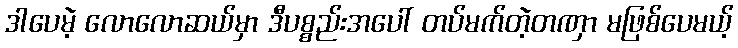
ဒါပေမဲ့ လောလောဆယ်မှာ ဒီပစ္စည်းအပေါ် တပ်မက်တဲ့တဏှာ မဖြစ်ပေမယ့်